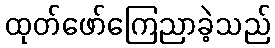
ထုတ်ဖော်ကြေညာခဲ့သည်